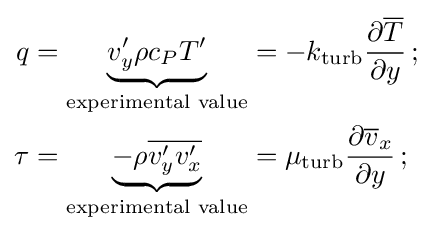
{\begin{aligned}q&=\underbrace {v'_{y}\rho c_{P}T'} _{\text{experimental value}}=-k_{\text{turb}}{\frac {\partial {\overline {T}}}{\partial y}}\,;\\\tau &=\underbrace {-\rho {\overline {v'_{y}v'_{x}}}} _{\text{experimental value}}=\mu _{\text{turb}}{\frac {\partial {\overline {v}}_{x}}{\partial y}}\,;\end{aligned}}